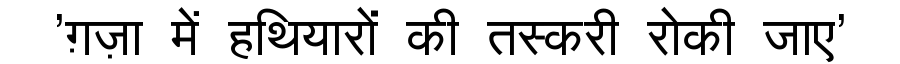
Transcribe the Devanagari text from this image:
'ग़ज़ा में हथियारों की तस्करी रोकी जाए'